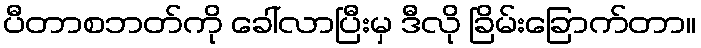
ပီတာစဘတ်ကို ခေါ်လာပြီးမှ ဒီလို ခြိမ်းခြောက်တာ။